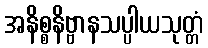
အနိစ္စနိဗ္ဗာနသပ္ပါယသုတ္တံ